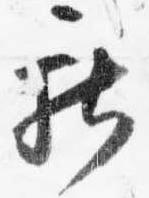
献